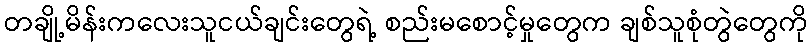
တချို့မိန်းကလေးသူငယ်ချင်းတွေရဲ့ စည်းမစောင့်မှုတွေက ချစ်သူစုံတွဲတွေကို